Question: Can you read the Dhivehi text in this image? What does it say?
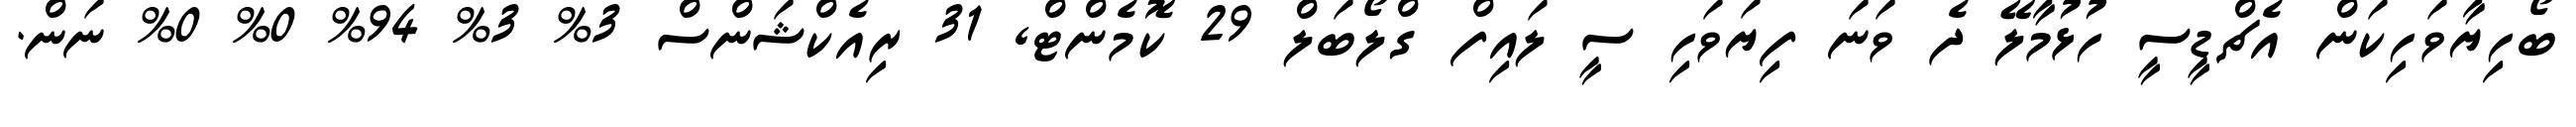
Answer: ބޯހިޔާވަހިކަން އެޗްޑީސީ ހުޅުމާލޭ ދެ ވަނަ ފިޔަވަހި ސީ ލައިފް ގްލޯބަލް 29 ކޮމެންޓް, 31 ރިއެކްޝަންސް 3% 3% 94% 0% 0% ނަން.